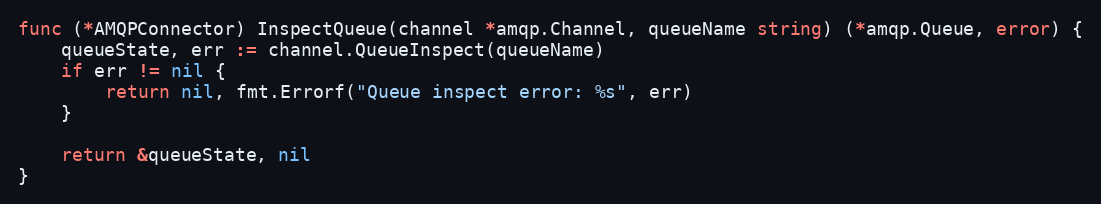
Language: Go
func (*AMQPConnector) InspectQueue(channel *amqp.Channel, queueName string) (*amqp.Queue, error) {
	queueState, err := channel.QueueInspect(queueName)
	if err != nil {
		return nil, fmt.Errorf("Queue inspect error: %s", err)
	}

	return &queueState, nil
}